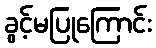
ခွင့်မပြုကြောင်း